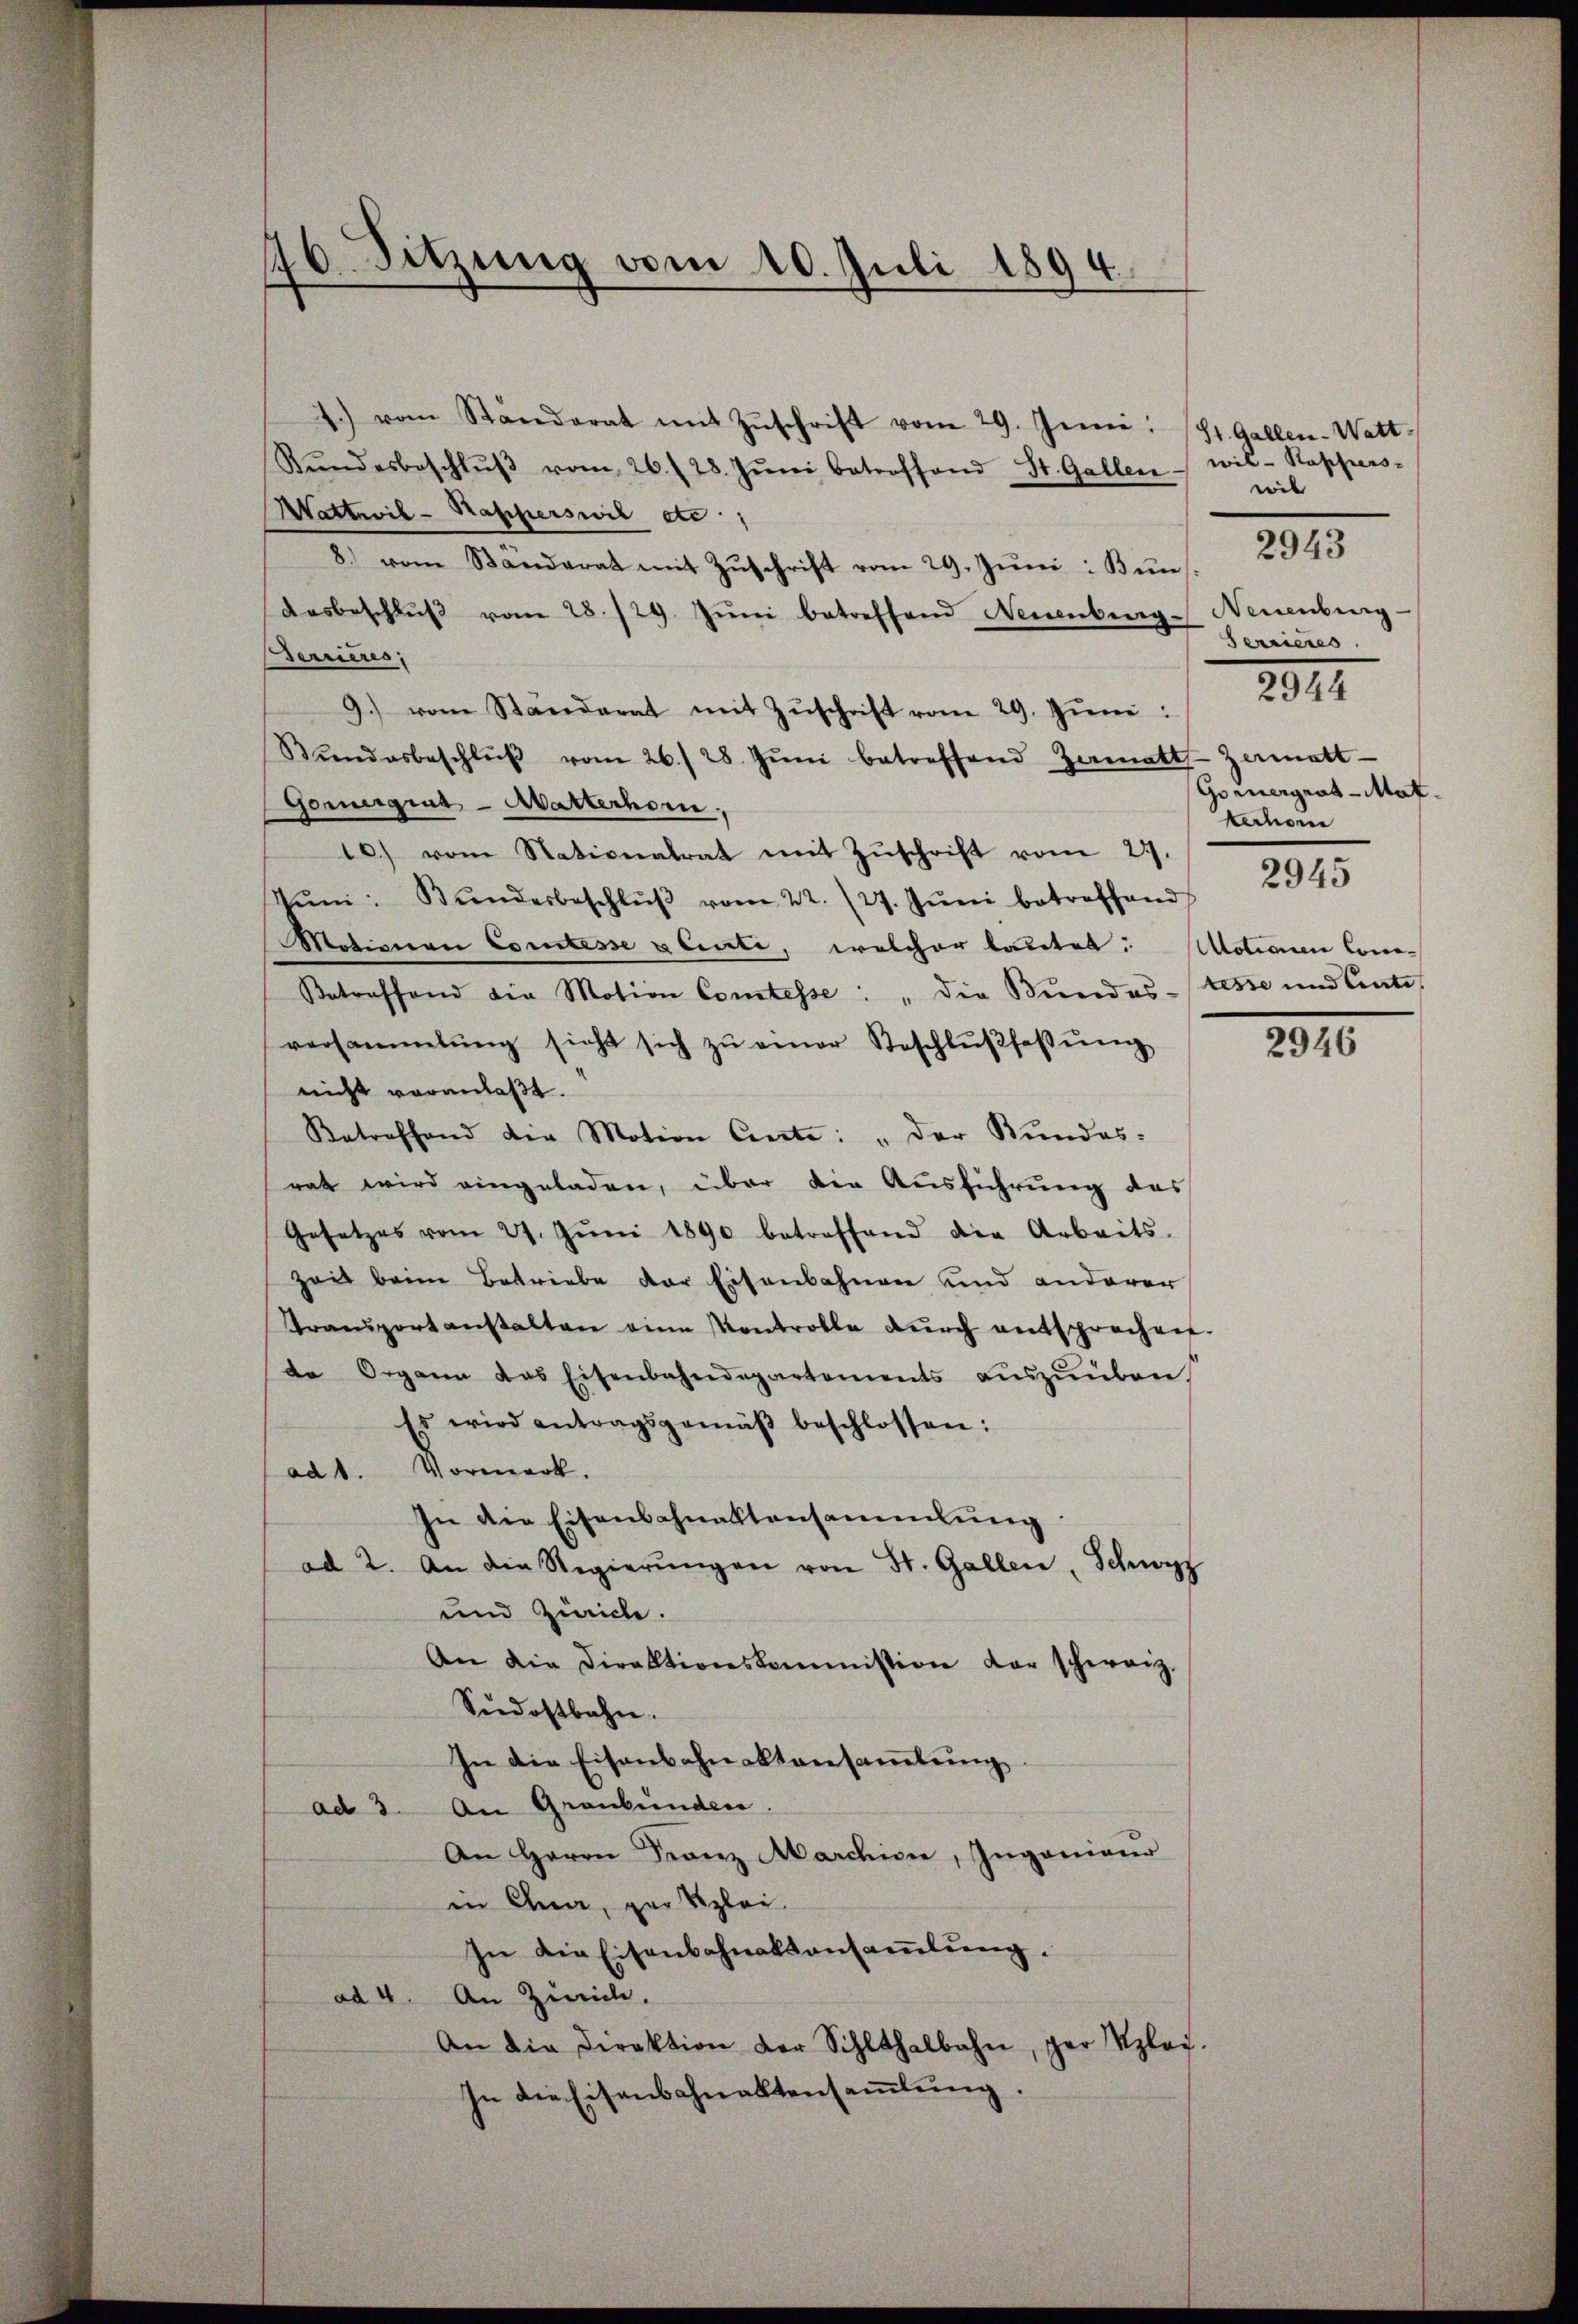
46. Sitzung vom 10. Juli 1894

1.) vom Standerat mit Zŭschrift vom 29. Juni: St. Gallen-Watt
Rŭndesbeschlŭβ vom 26. 28. Jŭni betroffend St. Gallen
Wattwil-Rapperswil etc.
8.) vom Ständerat mit Zŭschrift vom 29. Jŭni: Bŭn
aesbeschlŭβ vom 28./29. Jŭni betreffend Neuenburg-Neuenburg
Berrieres,
9.) vom Ständerat mit Zŭschrift vom 29. Jŭni:
Bŭndesbeschlŭβ vom 26. 28. Jŭni betreffend Zamatt
Gornergint-Matterhorn
10) vom Stationalrat mit Zŭschrift vom 27.
Jŭni: Bŭndesbeschlŭβ vom 22. 127. Jŭni betreffend
Motionen Comtesse geisti, welcher lautet: Motionen Con¬
Betreffend die Motion Comtesse: „die Bundestesse und Ante
versammlung sieht sich zŭ einer Beschlŭβfassŭng
nicht veranlaßt.
Betreffend die Motion Cente: „der Kundes:
rat wird eingeladen, über die Ausführung des
Gesetzes vom 27. Jŭni 1890 betreffend die Arbeits-
Zeit beim Betriebe der Eisenbahnen und anderer
Transportanstalten eine Kontrolle dŭrch entsprechen.
de Organn das Eisenbahndepartements aŭszŭüben,
Es wird antragsgemäβ beschlossen:
Vormerk.
ad1.
In die Eisenbahnaktensammlung
ad 2. An die Regierŭngen von St. Gallen, Schwyz
und Zürich.
An die Direktionskommission der schweiz.
Südostbahn.
In die Eisenbahnaktansamlung
ad 3. An Graubünden.
An Herrn Franz Marchive, Ingenieur
in Ana, par Szlei-
In die Eisenbahnatsansammlung.
ad 4. An Zürich.
An die Direktion der Sihlthalbahn, gar Uplay.
In die Eisenbahnaktensammlung.

wil - Kappers
wil
Serrieres
Zermatt-
Gouvergrat-Mat.
kerhan
2945

2943

2077

2946